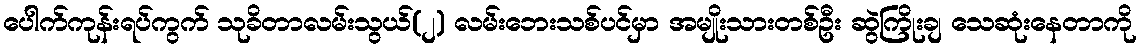
ပေါက်ကုန်းရပ်ကွက် သုခိတာလမ်းသွယ်(၂) လမ်းဘေးသစ်ပင်မှာ အမျိုးသားတစ်ဦး ဆွဲကြိုးချ သေဆုံးနေတာကို